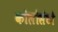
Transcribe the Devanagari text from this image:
कोलोसंटो